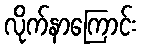
လိုက်နာကြောင်း